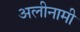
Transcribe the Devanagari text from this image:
अलीनामी